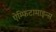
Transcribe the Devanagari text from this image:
ऐम्फिटामाइन्स